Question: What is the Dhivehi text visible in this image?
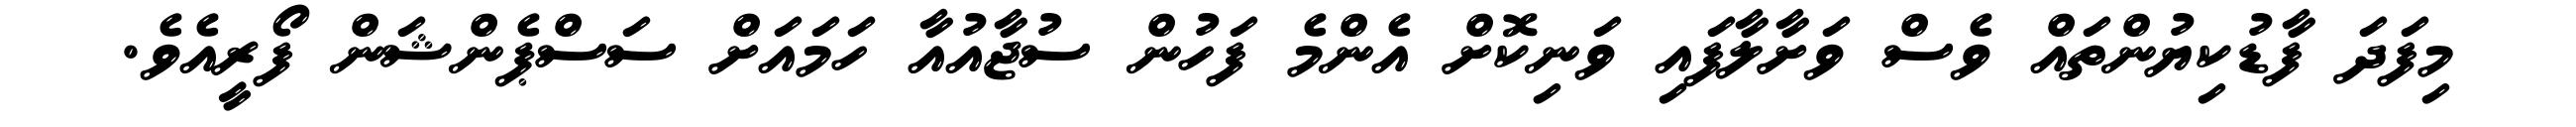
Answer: މިފަދަ ފާޑުކިޔުންތައް ވެސް ވަށާލާފައި ވަނިކޮށް އެންމެ ފަހުން ސުޖާއުއާ ހަމައަށް ސަސްޕެންޝަން ފޯރީއެވެ.